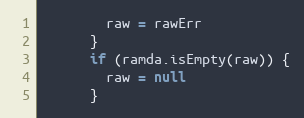
Language: JavaScript
        raw = rawErr
      }
      if (ramda.isEmpty(raw)) {
        raw = null
      }